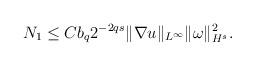
LaTeX: \begin{align*}N_1\leq Cb_q2^{-2qs}\|\nabla u\|_{L^\infty}\|\omega\|_{H^s}^2.\end{align*}